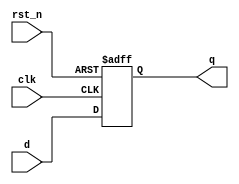
module d_flip_flop (
    input wire clk,       // Clock input
    input wire rst_n,     // Active low reset
    input wire d,        // Data input
    output reg q         // Data output
);

    always @(posedge clk or negedge rst_n) begin
        if (!rst_n) begin
            q <= 1'b0;    // Reset output to 0
        end else begin
            q <= d;       // Capture data on rising edge of clock
        end
    end

endmodule